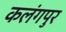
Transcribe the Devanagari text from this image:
कलंगपुर